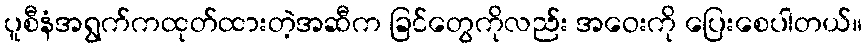
ပူစီနံအရွက်ကထုတ်ထားတဲ့အဆီက ခြင်တွေကိုလည်း အဝေးကို ပြေးစေပါတယ်။